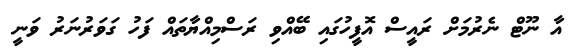
އާ ނޫޓް ނެރުމަށް ރައީސް އޮފީހުގައި ބޭއްވި ރަސްމިއްޔާތައް ފަހު ގަވަރުނަރު ވަނީ